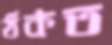
ঠকত